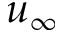
u _ { \infty }